system: You are a helpful assistant.
user:
Analyze the provided spectrum to determine if it is a **M-type Giant (gM)**.

A M-type Giant spectrum is defined by its **strong molecular absorption** features, particularly from **Titanium Oxide (TiO)**. You must check for one of the following mutually exclusive signatures:

- **Key Visual Indicators (Absorption-Dominated Spectrum):**

    - **(Primary):** The spectrum is dominated by strong molecular absorption from **Titanium Oxide (TiO)**. This is the **defining feature** of its M-type temperature class.
        - **(Key Bandheads):** Look for sharp, "saw-tooth" absorption valleys. The strongest are located near **~7050 Å**, **~6160 Å**, and **~5170 Å**.
        - **(Line Profile):** The "saw-tooth" morphology is critical: a **sharp, steep drop on the BLUE (short-wavelength) side** of the bandhead, followed by a gradual recovery (rising flux) towards the RED (long-wavelength) side.

    - **(Key Confirmation - Giant vs. Dwarf):** **ABSENCE** of strong **Calcium Hydride (CaH)** molecular bands. This is the primary diagnostic for *excluding* M-dwarfs.
        - **(Key Region):** The spectrum should lack the strong, broad absorption band seen in dwarfs between **~6800 Å and ~7000 Å**.

    - **(Secondary Confirmation - Giant):** A very strong and broad **Neutral Calcium (Ca I)** atomic absorption line.
        - **(Key Line):** Located at **~4226 Å**. In a giant (gM), this line is significantly deeper and broader than the same line in an M-dwarf (dM) due to low surface gravity.

    - **(Overall Spectrum):**
        - The continuum is **extremely red-sloping** (i.e., flux is very low in the blue and rises dramatically towards the red).
        - The entire spectrum appears "chopped up" by the deep TiO bands.

Think first, call **spectral_visualization_tool** if needed to examine features in detail, then provide your final answer. Your response must adhere to the following strict rules:
1.  **Overall Structure:** Your response must follow the format `<think>...</think> <tool_call>...</tool_call> (if a tool is used) <answer>...</answer>`.
2.  **Tool Usage Constraint:** You may only make **one** tool call per turn.
3.  **Final Answer Format:** In the `<answer>` tag, your conclusion must be inside a `\boxed{}` command (e.g., `\boxed{YES}` or `\boxed{NO}`), followed by your justification.

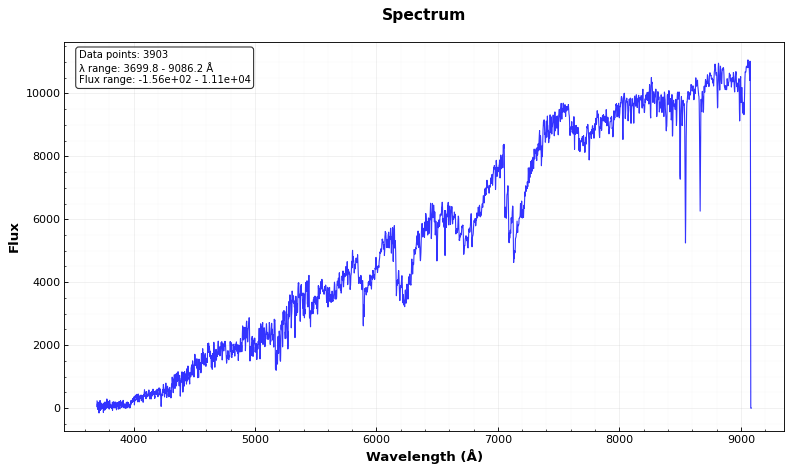
Answer: YES